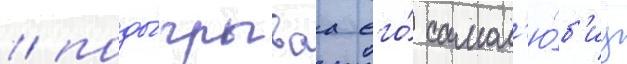
/ поды́грываа его́ самол'ю́б'иу